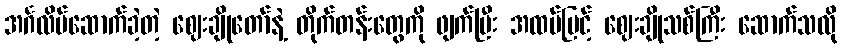
အင်္ဂလိပ်ဆောက်ခဲ့တဲ့ ဈေးချိုတော်နဲ့ တိုက်တန်းတွေကို ဖျက်ပြီး အထပ်မြင့် ဈေးချိုသစ်ကြီး ဆောက်သလို